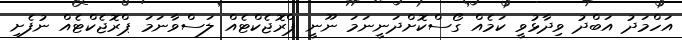
އަހްމަދު އަބްދު ވިދާޅުވީ ކަމެއް ގޯސްކޮށްދަނީނަމަ ނޫނީ ޕްރޮޖެކްޓެއް ލަސްވާނަމަ ޕްރޮޖެކްޓެއް ނުފެށި